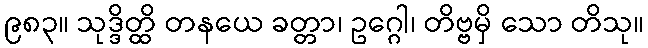
၉၈၃။ သုဒ္ဒိတ္ထိ တနယေ ခတ္တာ၊ ဥဂ္ဂေါ၊ တိဗ္ဗမှိ သော တိသု။